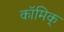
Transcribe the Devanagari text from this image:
कॉमिक्